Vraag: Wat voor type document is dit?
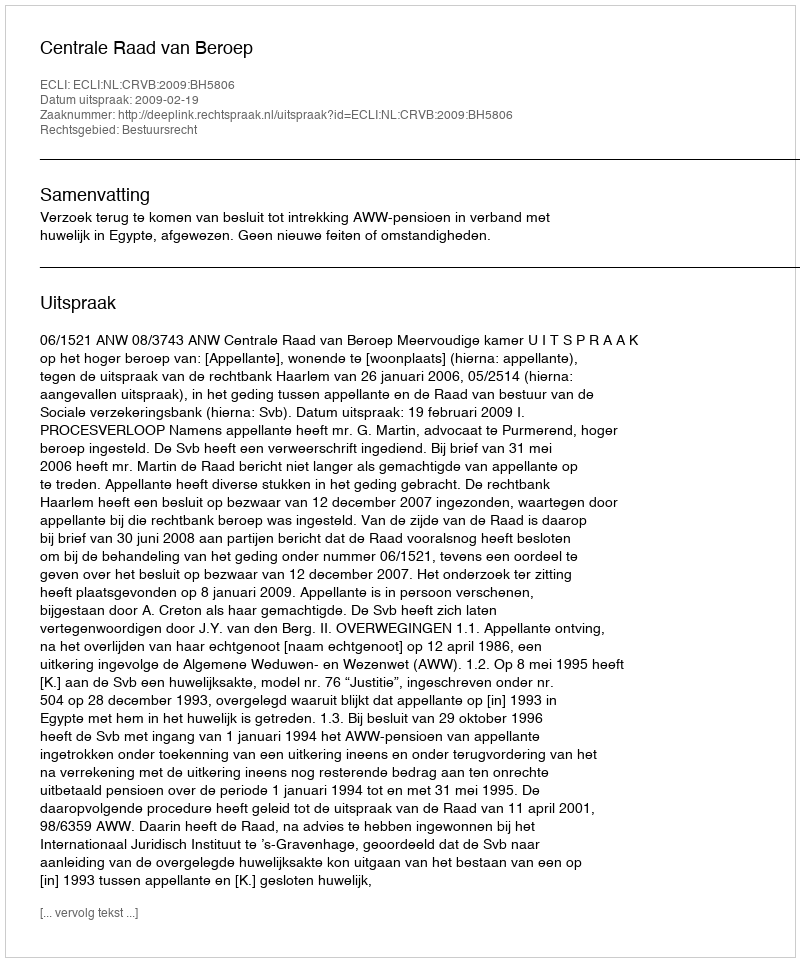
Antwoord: Uitspraak